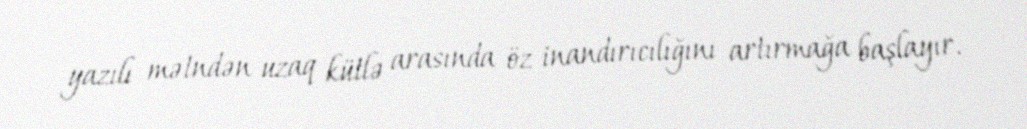
yazılı mətndən uzaq kütlə arasında öz inandırıcılığını artırmağa başlayır.